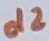
Text: d2